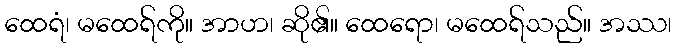
ထေရံ၊ မထေရ်ကို။ အာဟ၊ ဆို၏။ ထေရော၊ မထေရ်သည်။ အဿ၊